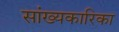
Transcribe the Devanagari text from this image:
सांख्‍यकारिका